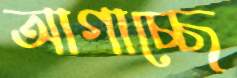
আগাচ্ছে